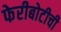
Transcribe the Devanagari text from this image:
फेरीबोटीची